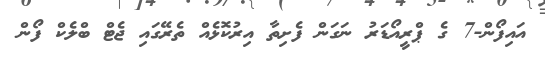
އައިފޯން-7 ގެ ޕްރީއޯޑަރު ނަގަން ފެށިތާ އިރުކޮޅެއް ތެރޭގައި ޖެޓް ބްލެކް ފޯން